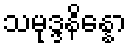
သမုဒ္ဒနိန္နော